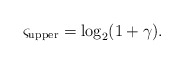
\begin{align*} \varsigma_{\rm upper}=\log_2(1+\gamma).\end{align*}